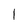
Character: 1